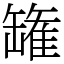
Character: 𮉸